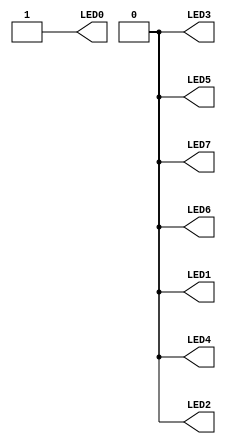
//------------------------------------------------------------------
//-- Hello world example for the Alhambra-II baord
//-- Turn on the LED 0
//------------------------------------------------------------------
module leds(output wire LED0,
            output wire LED1,
            output wire LED2,
            output wire LED3,
            output wire LED4,
            output wire LED5,
            output wire LED6,
            output wire LED7
           );
 
  //-- LED0 on
  assign LED0 = 1'b1;

  //-- The other LEDs are off
  assign {LED1, LED2, LED3, LED4, LED5, LED6, LED7} = 7'b0;
  
endmodule